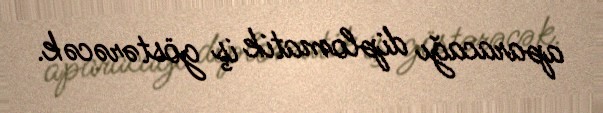
aparacağı diplomatik iş göstərəcək.